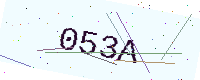
Text: 053A